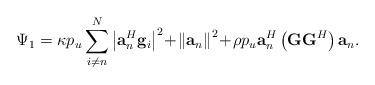
LaTeX: \begin{align*}\Psi_1 ={\kappa {p_u}\sum\limits_{i \ne n}^N {{{\left| {{\bf{a}}_n^H{{\bf{g}}_i}} \right|}^2}} \!+ \!{{\left\| {{{\bf{a}}_n}} \right\|}^2} \!+ \!\rho {p_u}{\bf{a}}_n^H{}\left( {{\bf{G}}{{\bf{G}}^H}} \right){{\bf{a}}_n}}.\end{align*}